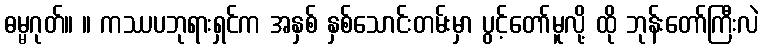
ဓမ္မဂုတ်။ ။ ကဿပဘုရားရှင်က အနှစ် နှစ်သောင်းတမ်းမှာ ပွင့်တော်မူလို့ ထို ဘုန်းတော်ကြီးလဲ